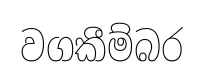
වගකීම්බර